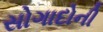
સોગાદોની